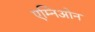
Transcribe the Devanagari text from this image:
एम्निओन